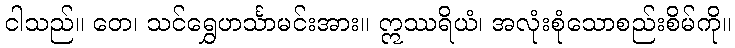
ငါသည်။ တေ၊ သင်ရွှေဟင်္သာမင်းအား။ ဣဿရိယံ၊ အလုံးစုံသောစည်းစိမ်ကို။